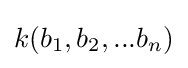
k(b_{1},b_{2},...b_{n})